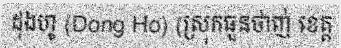
ដុងហូ (Dong Ho) (ស្រុកធួនថាញ់ ខេត្ត